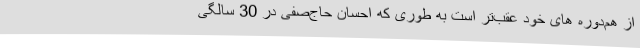
از هم‌دوره های خود عقب‌تر است به طوری که احسان حاج‌صفی در 30 سالگی